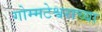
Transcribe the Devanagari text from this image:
गोम्मटेश्वराच्या